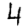
Digit: 4